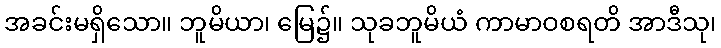
အခင်းမရှိသော။ ဘူမိယာ၊ မြေ၌။ သုခဘူမိယံ ကာမာဝစရတိ အာဒီသု၊